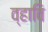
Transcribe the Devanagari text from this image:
व्हावि